Indian journal of veterinary science and animal husbandry - Volumes 15-17, 1948-1951
Year: 1948
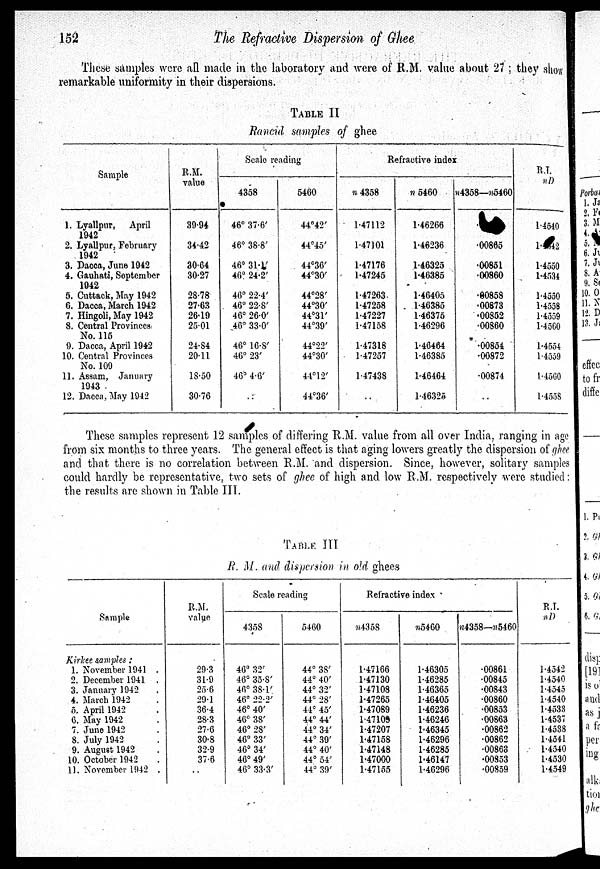
152
The Refractive Dispersion of Ghee
These samples were all made in the laboratory and were of R.M. value about 27 ; they show
remarkable uniformity in their dispersions.
TABLE II
Rancid samples of ghee
Sample
1. Lyallpur,
April
1942
2. Lyallpur, February
1942
3. Dacca, Jane 1942
4. Gauhati, September
1942
5. Cuttack, May 1942
6. Dacca, March 1942
7. Hingoli, May 1942
8. Central Provinces
No. 115
9. Dacca, April 1942
10. Central Provinces
No. 109
11. Assam, January
1943
12. Dacca, May 1942
R.M.
value
39.94
34.42
30.64
30.27
28.78
27.63
26.19
25.01
24.84
20.11
18.50
30.76
Scale reading
4358
46° 37.6'
46° 38.8'
46° 31.1'
46° 24.2'
46° 22.4'
46° 22.8'
46° 26.0'
46° 33.0'
46° 16.8'
46° 23'
46° 4.6'
. .
5460
44°42'
44°45'
44°36'
44°30'
44°28'
44°30'
44°31'
44°39'
44°22'
44°30'
44° 12'
44°36'
Refractive index
n 4358
1.47112
1.47101
1.47176
1.47245
1.47263
1.47258
1.47227
1.47158
1.47318
1.47257
1.47438
. .
n 5460
1.46266
1.46236
1.46325
1.46385
1.46405
1.46385
1.46375
1.46296
1.46464
1.46385
1.46464
1.46325
n4358—n5460
.
.00865
.00851
.00860
.80858
.00873
.00852
.00860
.00854
.00872
.00874
. .
R.I.
n D
1.4540
1 42
1.4550
1.4534
1.4550
1.4558
1.4559
1.4560
1.4554
1.4559
1.4560
1.4558
These samples represent 12 samples of differing R.M. value from all over India, ranging in age
from six months to three years. The general effect is that aging lowers greatly the dispersion of ghee
and that there is no correlation between R.M. and dispersion. Since, however, solitary samples
could hardly be representative, two sets of ghee of high and low R.M. respectively were studied:
the results are shown in Table III.
TABLE III
R. M. and dispersion in old ghees
Sample
Kirkee samples :
1. November 1941 .
2. December 1941 .
3. January 1942 .
4. March 1942 .
5. April 1942 .
G. May 1942 .
7. Juno 1942 .
8. July 1942 .
9. August 1942 .
10. October 1942 .
11. November 1942 .
R.M.
value
29.3
31.9
25.6
29.1
36.4
28.3
27.6
30.8
32.9
37.6
. .
Scale reading
4358
46° 32'
46° 35.8'
46° 38.1'
46° 22.2'
46° 40'
46° 38'
46° 28'
46° 33'
46° 34'
46° 49'
46° 33.3'
5460
44° 38'
44° 40'
44° 32'
44° 28'
44° 45'
44° 44'
44° 34'
44° 39'
44° 40'
44° 54'
44° 39'
Refractive index
n4358
1.47166
1.47130
1.47108
1.47265
1.47089
1.47109
1.47207
1.47158
1.47148
1.47000
1.47155
n5460
1.46305
1.46285
1.46365
1.46405
1.46236
1.46246
1.46345
1.46296
1.46285
1.46147
1.46296
n4358—n5460
.00861
.00845
.00843
.00860
.00853
.00863
.00862
.00862
.00863
.00853
.00859
R.I.
n D
1.4542
1.4540
1.4545
1.4540
1.4533
1.4537
1.4538
1.4541
1.4540
1.4530
1.4549